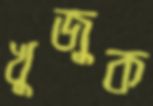
খুজুক